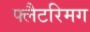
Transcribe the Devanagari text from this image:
फ्लैटरिमग